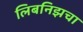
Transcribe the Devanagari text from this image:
लिबनिझचा